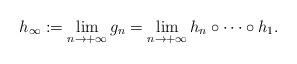
\begin{align*} h_\infty:=\lim_{n\to+\infty}g_n=\lim_{n\to+\infty}h_n\circ\cdots\circ h_1. \end{align*}